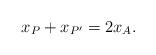
LaTeX: \begin{align*}x_P+x_{P'}=2x_{A}.\end{align*}